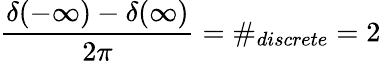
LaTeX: \frac{\delta(-\infty)-\delta(\infty)}{2\pi}=\# _{discrete}=2